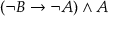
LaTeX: ( \neg B \to \neg A ) \land A